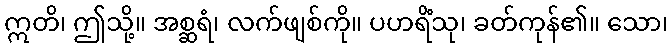
ဣတိ၊ ဤသို့။ အစ္ဆရံ၊ လက်ဖျစ်ကို။ ပဟရိံသု၊ ခတ်ကုန်၏။ သော၊